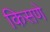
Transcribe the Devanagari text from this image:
किसणे